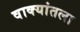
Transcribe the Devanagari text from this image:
वाक्यांतला